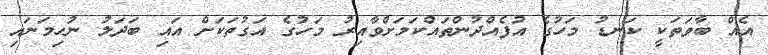
އެއް ބާވަތަކީ ކަނޑު މަހުގެ އުފެއްދުންތައްކަމަށްވާއިރު މަހުގެ އަގުތަކަށް އައި ބަދަލު ނުހިމަނައި